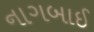
નાગબાઈ